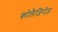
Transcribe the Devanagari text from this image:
कोलैजिनेज़